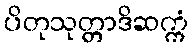
ပိတုသုတ္တာဒိဆက္ကံ